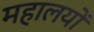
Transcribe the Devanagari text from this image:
महालयों